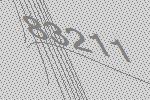
83211